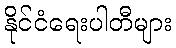
နိုင်ငံရေးပါတီများ